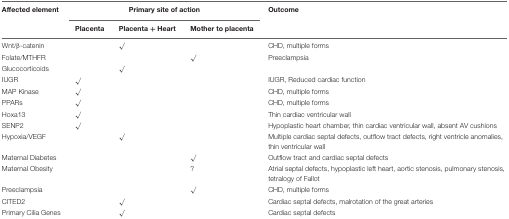
| Affected element | <COLSPAN=3> Primary site of action | Outcome |
 |  | Placenta | Placenta + Heart | Mother to placenta |  |
 | --- | --- | --- | --- | --- |
 | Wnt/β-catenin |  | √ |  | CHD, multiple forms |
 | Folate/MTHFR |  |  | √ | Preeclampsia |
 | Glucocorticoids |  | √ |  |  |
 | IUGR | √ |  |  | IUGR, Reduced cardiac function |
 | MAP Kinase | √ |  |  | CHD, multiple forms |
 | PPARs | √ |  |  | CHD, multiple forms |
 | Hoxa13 | √ |  |  | Thin cardiac ventricular wall |
 | SENP2 | √ |  |  | Hypoplastic heart chamber, thin cardiac ventricular wall, absent AV cushions |
 | Hypoxia/VEGF |  | √ |  | Multiple cardiac septal defects, outflow tract defects, right ventricle anomalies, thin ventricular wall |
 | Maternal Diabetes |  |  | √ | Outflow tract and cardiac septal defects |
 | Maternal Obesity |  |  | ? | Atrial septal defects, hypoplastic left heart, aortic stenosis, pulmonary stenosis, tetralogy of Fallot |
 | Preeclampsia |  |  | √ | CHD, multiple forms |
 | CITED2 |  | √ |  | Cardiac septal defects, malrotation of the great arteries |
 | Primary Cilia Genes |  | √ |  | Cardiac septal defects |